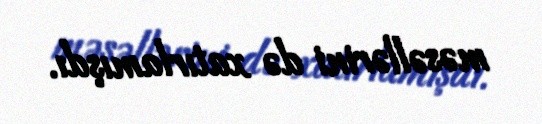
məsəllərini də xatırlamışdı.